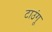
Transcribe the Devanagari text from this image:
टाउंगू